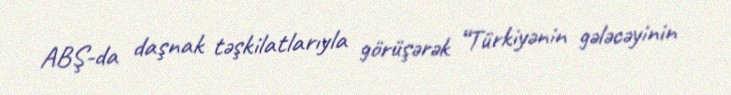
ABŞ-da daşnak təşkilatlarıyla görüşərək “Türkiyənin gələcəyinin